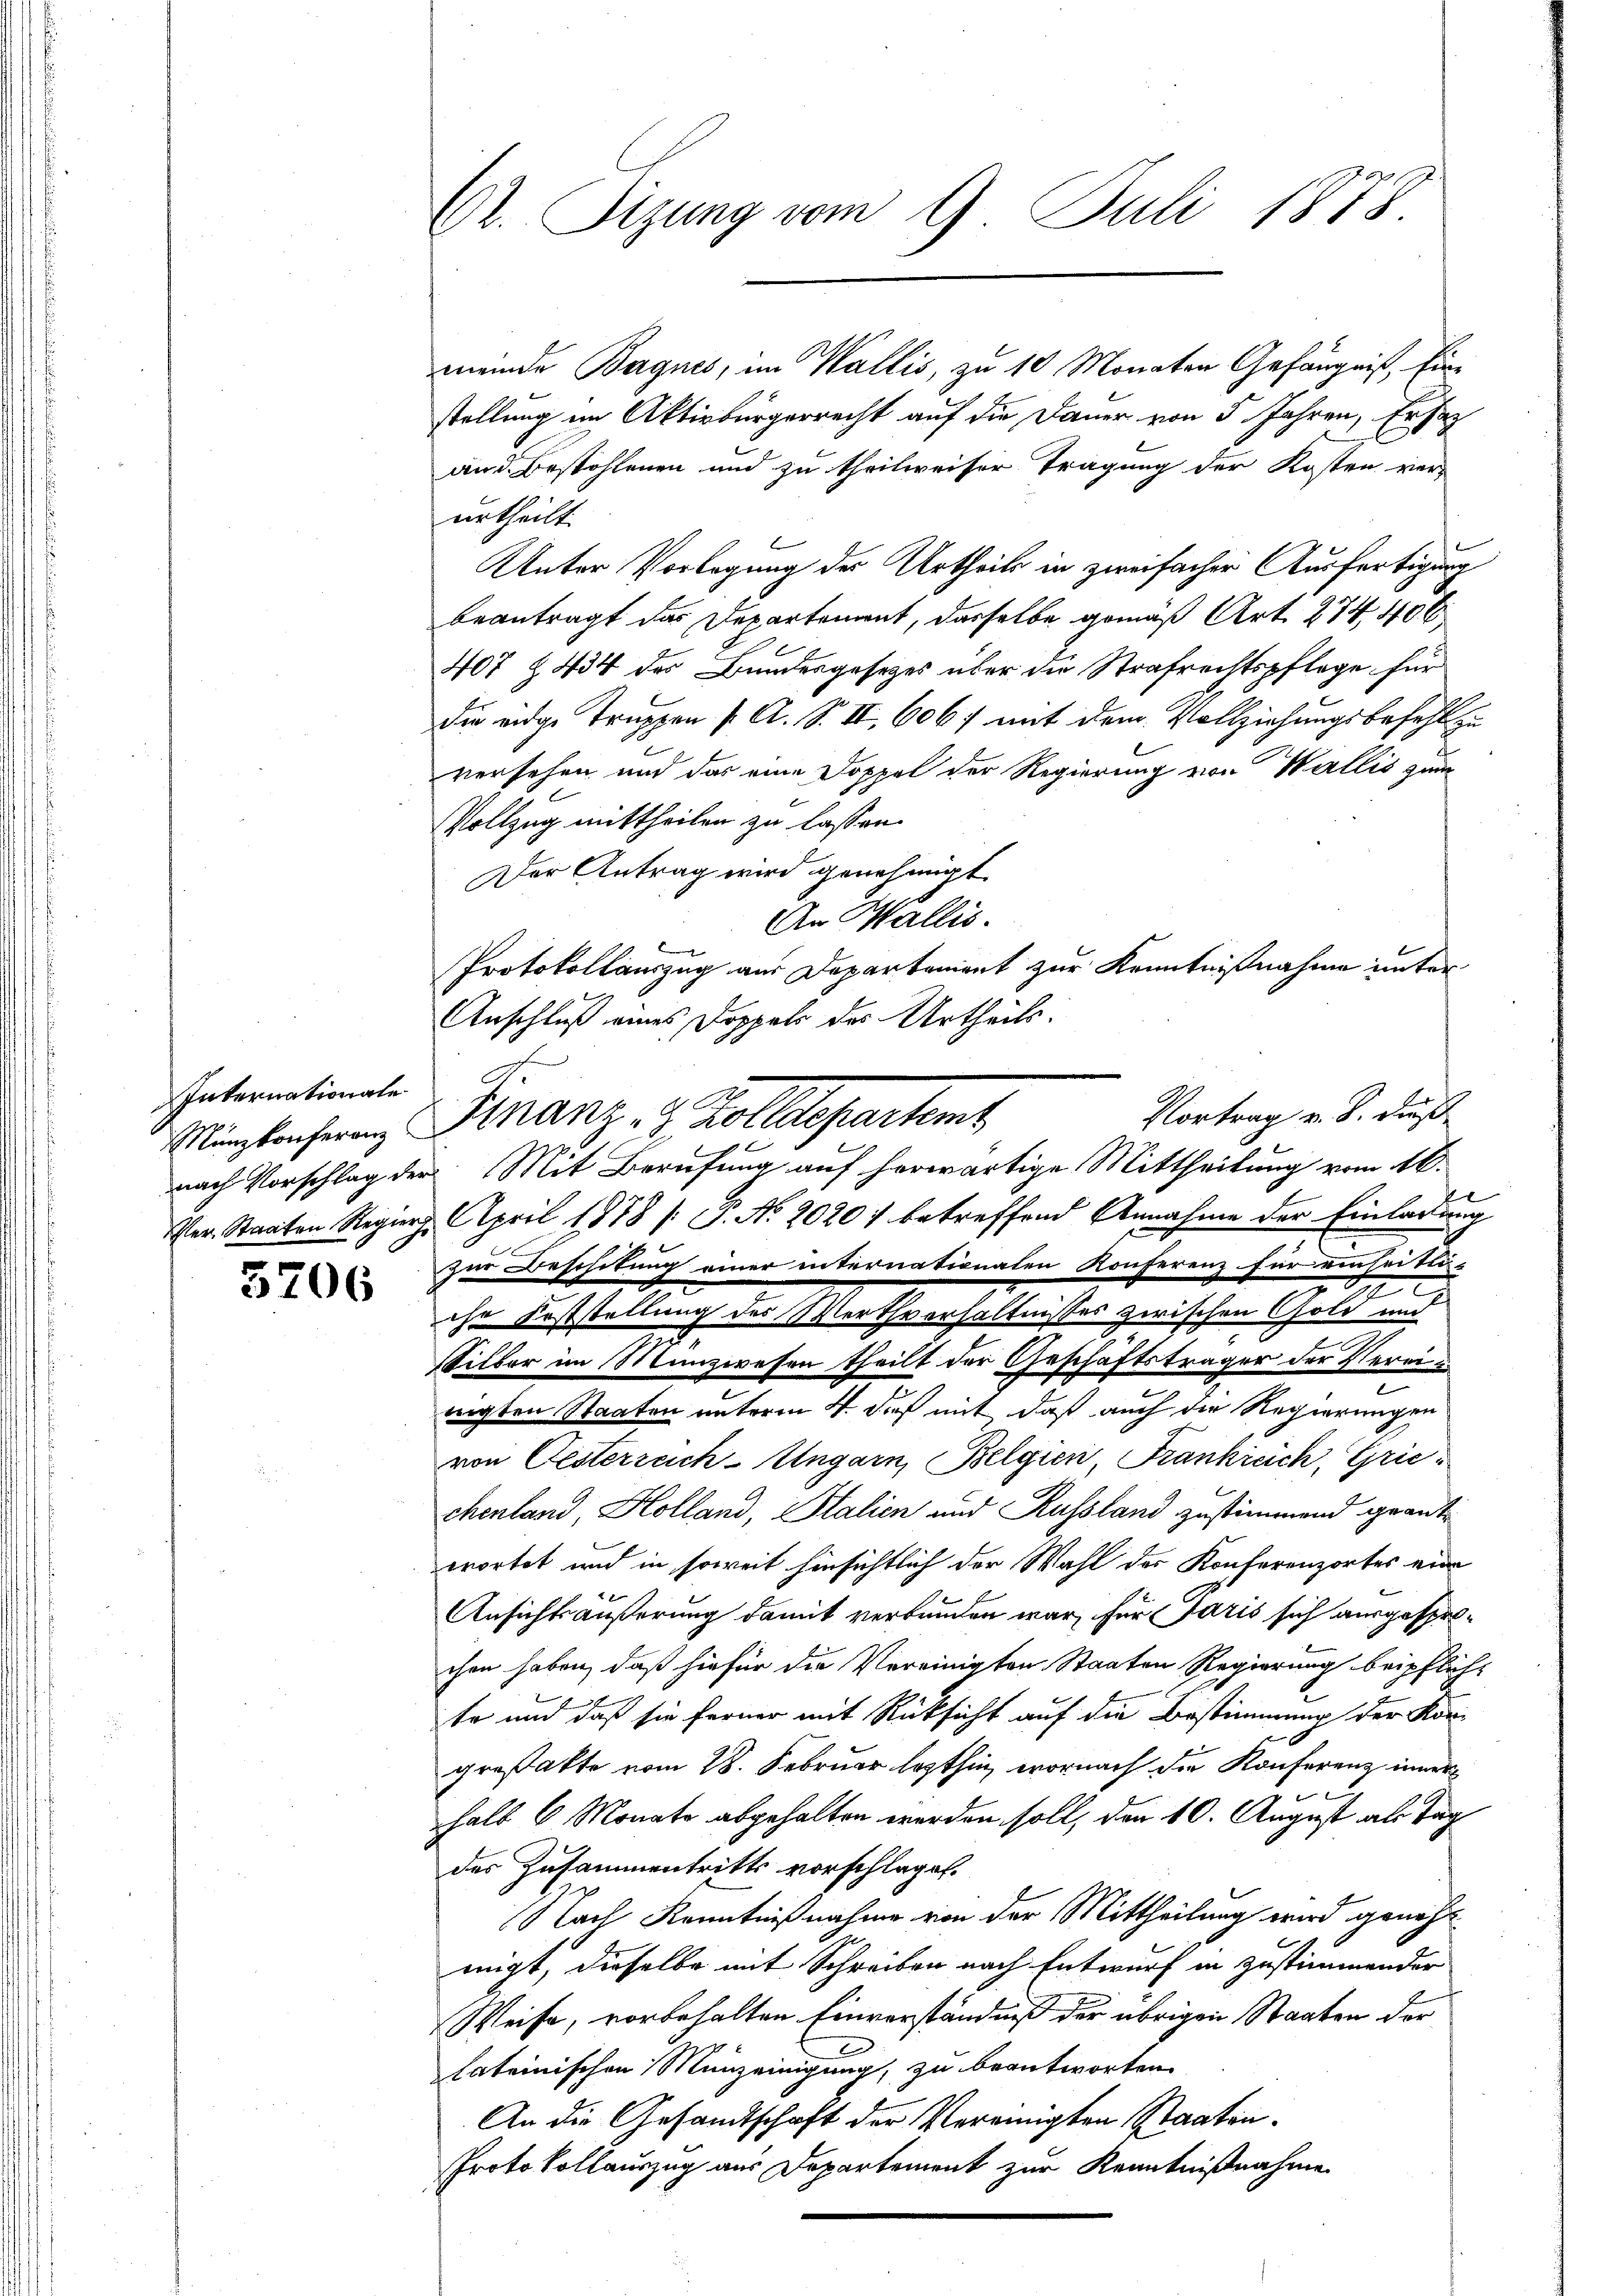
Internationale
Münzkonferenz

5706

Cl. Tizung vom 9. Juli 1878.

meinde Bargnes, im Wallis, zu 10 Monaten Gefängniß, Einstellung im Aktivbürgerrecht auf die Dauer von 5 Jahren, Ersat
and. Bestohlenen und zu theilweiser Tragung der Kosten ver-
urtheilt.
Unter Vorlegung des Urtheils in zweifacher Ausfertigung
beantragt das Departement, dasselbe gemäß Art. 274 40 x
407 & 434 des Bundesgesetzes über die Strafrechtspflege für
die eidge Truppen f. A. S. II., 606 mit dem Vollziehungsbefehl
versehen und das eine Doppel der Regierung von Wallis zum
Vollzug mittheilen zu lassen.
Der Antrag wird genehmigt.
An Wallis.
Protokollauszug aus Departement zur Kenntnißnahme unter
Anschluß eines Doppel des Urtheils.
Kranz in Solltestamt
Ver. Staaten Regier. April 1878 /: J. No. 2020) betreffend Annahme der Einladung
zur Beschikung einer internationalen Konferenz für einheitlä-
ihr Feststellung des Werthverhältnisses zwischen Gold und
Silber im Münzwesen theilt der Geschäftsträger der Vereic
rigten Staaten unterm 4. dieß mit daß auch die Regierungen
von Oesterreich-Ungarn, Belgien, Frankreich, Grie
chenland, Holland, Italien und Russland zustimmend geantwortet und in soweit hinsichtlich der Wahl der Konferenzortes eine
Ansichtsäußerung damit verbunden war, für Paris sich ausgesprochen haben, daß hiefür die Vereinigten Staaten Regierung beipflich
te und daß sie ferner mit Rücksicht auf die Bestimmung der Körgroßakte vom 28. Februar lezthin, wornach die Konferenz inner
halb 6 Monate abgehalten werden soll, den 10. August als Tag
des Zusammentritts vorschlagen.
Nach Kenntnißnahme von der Mittheilung wird genehmigt, dieselbe mit Schreiben nach Entwurf in zustimmender
Weise, vorbehalten Einverständniß der übrigen Staaten der
lateinischen Münzeinigung, zu beantworten.
An die Gesandtschaft der Vereinigten Staaten¬
Protokollauszug aus Departement zur Kenntnißnahme
2

Vortrag v. B. dieß
nach Vorschlag der Mit Berufung auf herwärtige Mittheilung vom 10.